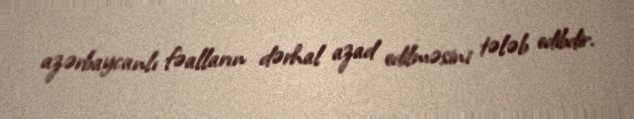
azərbaycanlı fəalların dərhal azad edilməsini tələb edibdir.